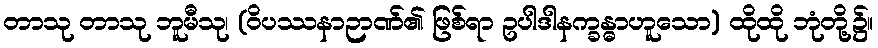
တာသု တာသု ဘူမီသု၊ (ဝိပဿနာဉာဏ်၏ ဖြစ်ရာ ဥပါဒါနက္ခန္ဓာဟူသော) ထိုထို ဘုံတို့၌။